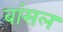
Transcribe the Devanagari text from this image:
बांसल